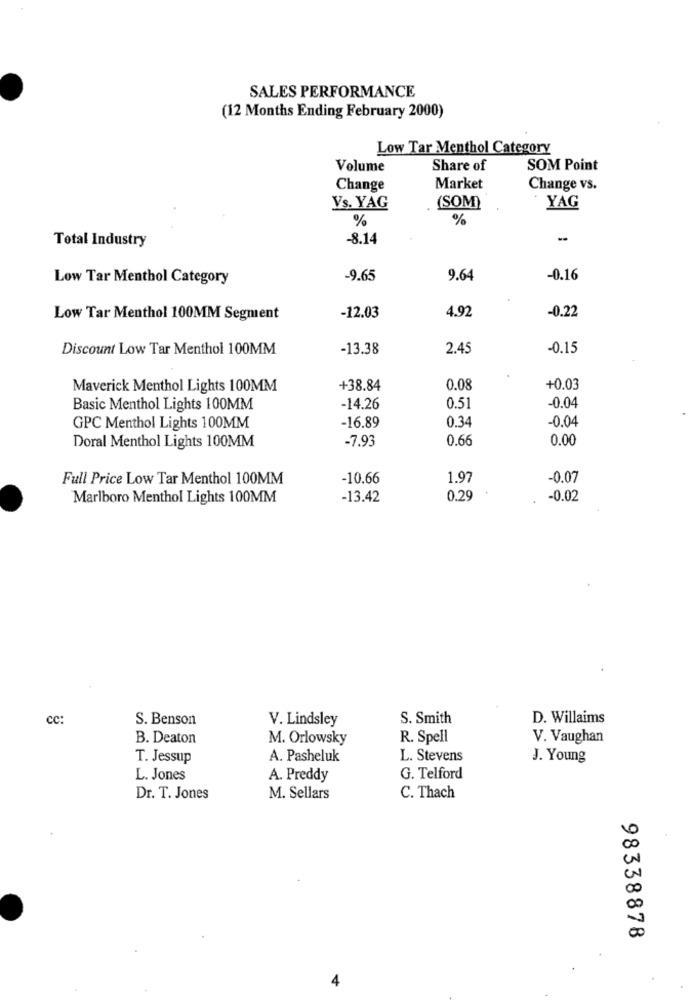
SALES PERFORMANCE
(12 Months Ending February 2000)
Low Tar Menthol Category
Volume
Share of
SOM Point
Change
Market
Change vs.
Vs. YAG
(SOM)
YAG
%
%
Total Industry
-8.14
-
Low Tar Menthol Category
-9.65
9.64
-0.16
4.92
-0.22
Low Tar Menthol 100MM Segment
-12.03
Discount Low Tar Menthol 100MM
-13.38
2.45
-0.15
Maverick Menthol Lights 100MM
+38.84
0.08
+0.03
Basic Menthol Lights 100MM
-14.26
0.51
-0.04
-16.89
0.34
-0.04
GPC Menthol Lights 100MM
Doral Menthol Lights 100MM
-7.93
0.66
0.00
Full Price Low Tar Menthol 100MM
-10.66
1.97
-0.07
Marlboro Menthol Lights 100MM
-13.42
0.29
-0.02
cc:
S. Benson
V. Lindsley
S. Smith
D. Willaims
B. Deaton
M. Orlowsky
R. Spell
V. Vaughan
T. Jessup
A. Pasheluk
L. Stevens
J. Young
L. Jones
A. Preddy
G. Telford
Dr. T. Jones
M. Sellars
C. Thach
98338878
4